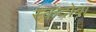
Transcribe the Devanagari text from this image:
स्कंदोबा